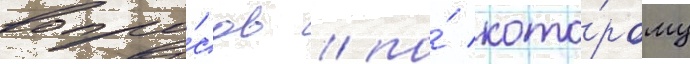
вопро́сов / по́ кото́рому